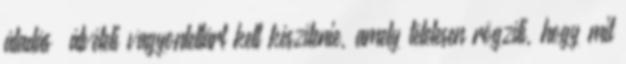
átadás átvételi vagyonleltárt kell készítenie, amely tételesen rögzíti, hogy mit